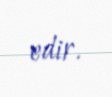
edir.